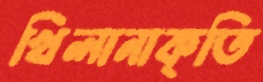
খিলানাকৃতি